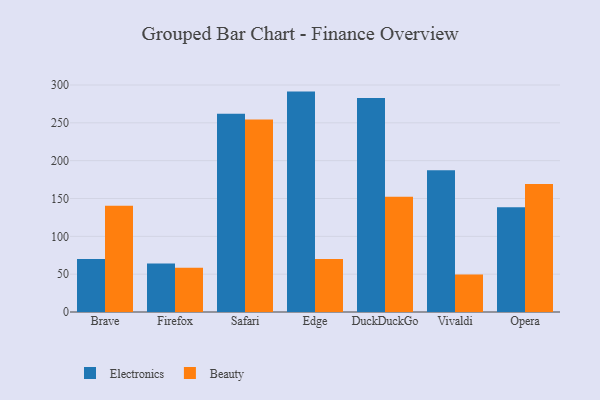
{"axis": {"x": "Browser", "y": "Population (Million)"}, "legend": ["Beauty", "Electronics"], "data": [{"x": "Brave", "y": 70.2, "type": "Electronics"}, {"x": "Brave", "y": 140.3, "type": "Beauty"}, {"x": "Firefox", "y": 64.2, "type": "Electronics"}, {"x": "Firefox", "y": 58.6, "type": "Beauty"}, {"x": "Safari", "y": 262.0, "type": "Electronics"}, {"x": "Safari", "y": 254.5, "type": "Beauty"}, {"x": "Edge", "y": 291.3, "type": "Electronics"}, {"x": "Edge", "y": 70.0, "type": "Beauty"}, {"x": "DuckDuckGo", "y": 283.0, "type": "Electronics"}, {"x": "DuckDuckGo", "y": 152.3, "type": "Beauty"}, {"x": "Vivaldi", "y": 187.5, "type": "Electronics"}, {"x": "Vivaldi", "y": 49.4, "type": "Beauty"}, {"x": "Opera", "y": 138.6, "type": "Electronics"}, {"x": "Opera", "y": 169.1, "type": "Beauty"}]}